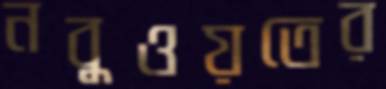
নবুওয়তের